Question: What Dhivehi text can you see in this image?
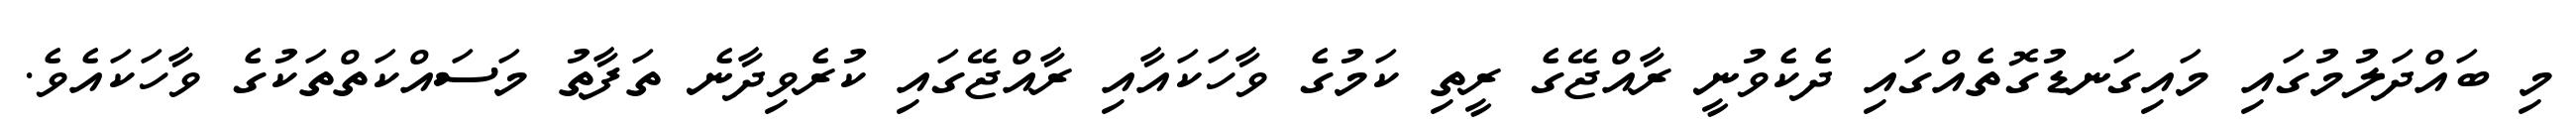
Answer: މި ބައްދަލުމުގައި މައިގަނޑުގޮތެއްގައި ދެކެވުނީ ރާއްޖޭގެ ރީތި ކަމުގެ ވާހަކައާއި ރާއްޖޭގައި ކުރެވިދާނެ ތަފާތު މަސައްކަތްތަކުގެ ވާހަކައެވެ.